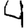
Digit: 4